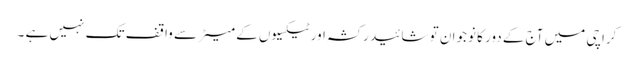
کراچی میں آج کے دور کا نوجوان تو شائید رکشہ اور ٹیکسیوں کے میٹر سے واقف تک نہیں ہے ۔